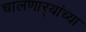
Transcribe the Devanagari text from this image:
चालणार्‍यांच्या